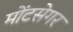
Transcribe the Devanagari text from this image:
मोंटसेगर